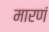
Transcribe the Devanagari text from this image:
मारणं